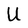
Character: U